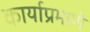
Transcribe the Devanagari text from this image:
कार्याप्रमाणे